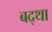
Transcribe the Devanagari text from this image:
बद्था